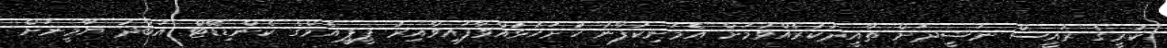
ކުރީގެ ރައީސް ނަޝީދަށް ތާއީދުކުރެއްވުމަށް އެމަނިކުފާނު ހުށަހުޅުއްވާފައިވާއިރު ޕީޕީއެމްގެ ކެންޑިޑޭޓް އަބްދު ޔާމީނަށް